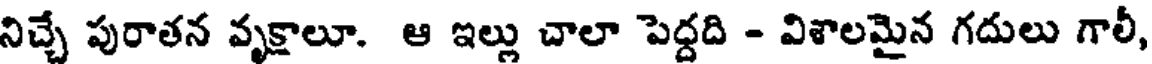
నిచ్చే పురాతన వృక్షాలూ. ఆ ఇల్లు చాలా పెద్దది - విశాలమైన గదులు గాలీ,